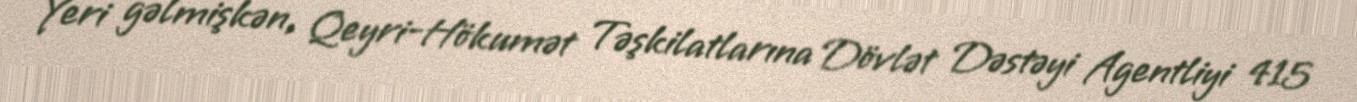
Yeri gəlmişkən, Qeyri-Hökumət Təşkilatlarına Dövlət Dəstəyi Agentliyi 415